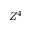
Z ^ { 4 }